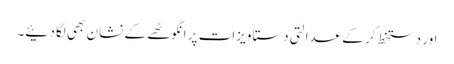
اور دستخط کر کے عدالتی دستاویزات پر انگوٹھے کے نشان بھی لگا دئیے۔